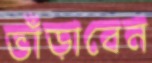
ভাঁড়াবেন